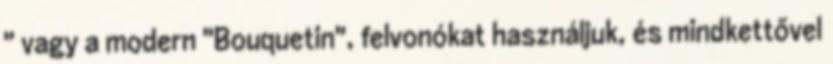
" vagy a modern "Bouquetin", felvonókat használjuk, és mindkettővel